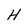
Character: H